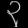
Digit: ၃